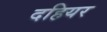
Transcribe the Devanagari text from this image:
दहियर